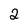
Character: 2